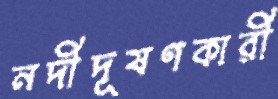
নদীদূষণকারী